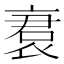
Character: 𬡝